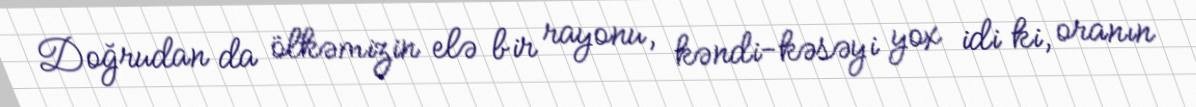
Doğrudan da ölkəmizin elə bir rayonu, kəndi-kəsəyi yox idi ki, oranın